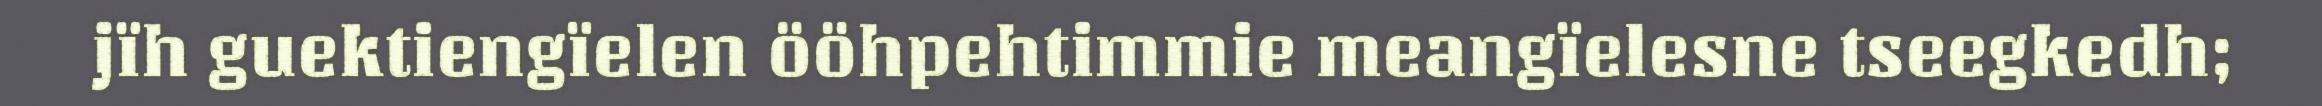
jïh guektiengïelen ööhpehtimmie meangïelesne tseegkedh;